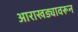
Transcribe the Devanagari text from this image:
आराखड्यावरून